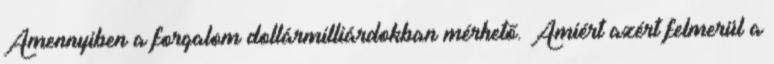
Amennyiben a forgalom dollármilliárdokban mérhető. Amiért azért felmerül a